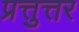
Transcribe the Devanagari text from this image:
प्रत्तुत्तर